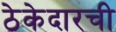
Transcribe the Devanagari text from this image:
ठेकेदारची